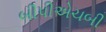
બીપીએચબી